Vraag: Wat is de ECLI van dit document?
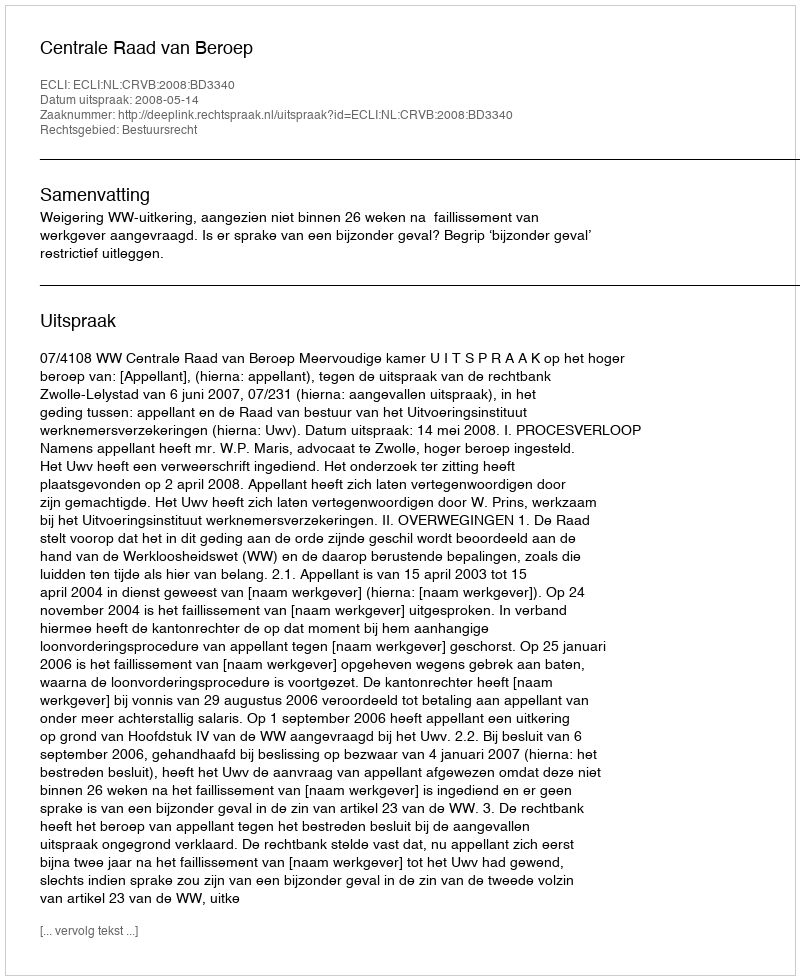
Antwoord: ECLI:NL:CRVB:2008:BD3340